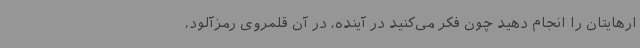
ارهایتان را انجام دهید چون فکر می‌کنید در آینده، در آن قلمروی رمزآلود،